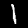
Label: 1